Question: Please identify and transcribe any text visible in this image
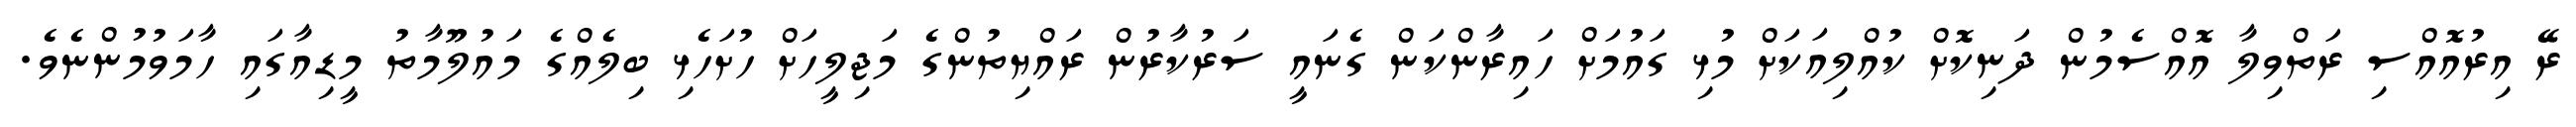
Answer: ރޭ އިރުއޮއްސި ރަތްވިލާ އޮއްސެމުން ދަނިކޮށް ކުއްލިއަކަށް މުޅި ގައުމަށް ހައިރާންކަން ގެނައީ ސަރުކާރުން ރައްޔިތުންގެ މަޖިލީހަށް ހުށަހެޅި ބިލެއްގެ މައުލޫމާތު މީޑިއާގައި ހާމަވުމުންނެވެ.